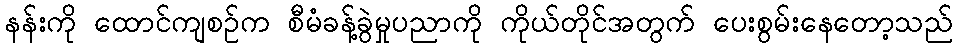
နန်းကို ထောင်ကျစဉ်က စီမံခန့်ခွဲမှုပညာကို ကိုယ်တိုင်အတွက် ပေးစွမ်းနေတော့သည်